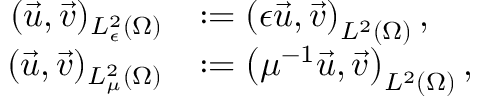
\begin{array} { r l } { ( \vec { u } , \vec { v } ) _ { L _ { \epsilon } ^ { 2 } ( \Omega ) } } & { : = \left( \epsilon \vec { u } , \vec { v } \right) _ { L ^ { 2 } ( \Omega ) } , } \\ { ( \vec { u } , \vec { v } ) _ { L _ { \mu } ^ { 2 } ( \Omega ) } } & { : = \left( \mu ^ { - 1 } \vec { u } , \vec { v } \right) _ { L ^ { 2 } ( \Omega ) } , } \end{array}